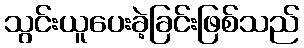
သွင်းယူပေးခဲ့ခြင်းဖြစ်သည်